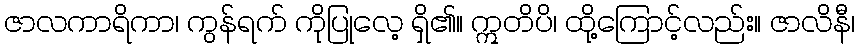
ဇာလကာရိကာ၊ ကွန်ရက် ကိုပြုလေ့ ရှိ၏။ ဣတိပိ၊ ထို့ကြောင့်လည်း။ ဇာလိနီ၊